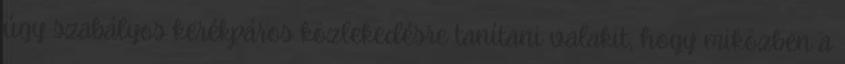
úgy szabályos kerékpáros közlekedésre tanítani valakit, hogy miközben a